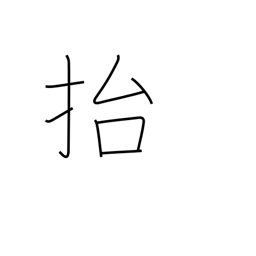
Meaning: lift